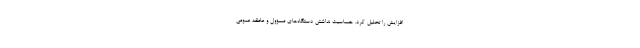
افزایش را تحلیل کرد. حساسیت نداشتن دستگاه‌های مسؤول و عاطفه عمومی